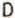
D